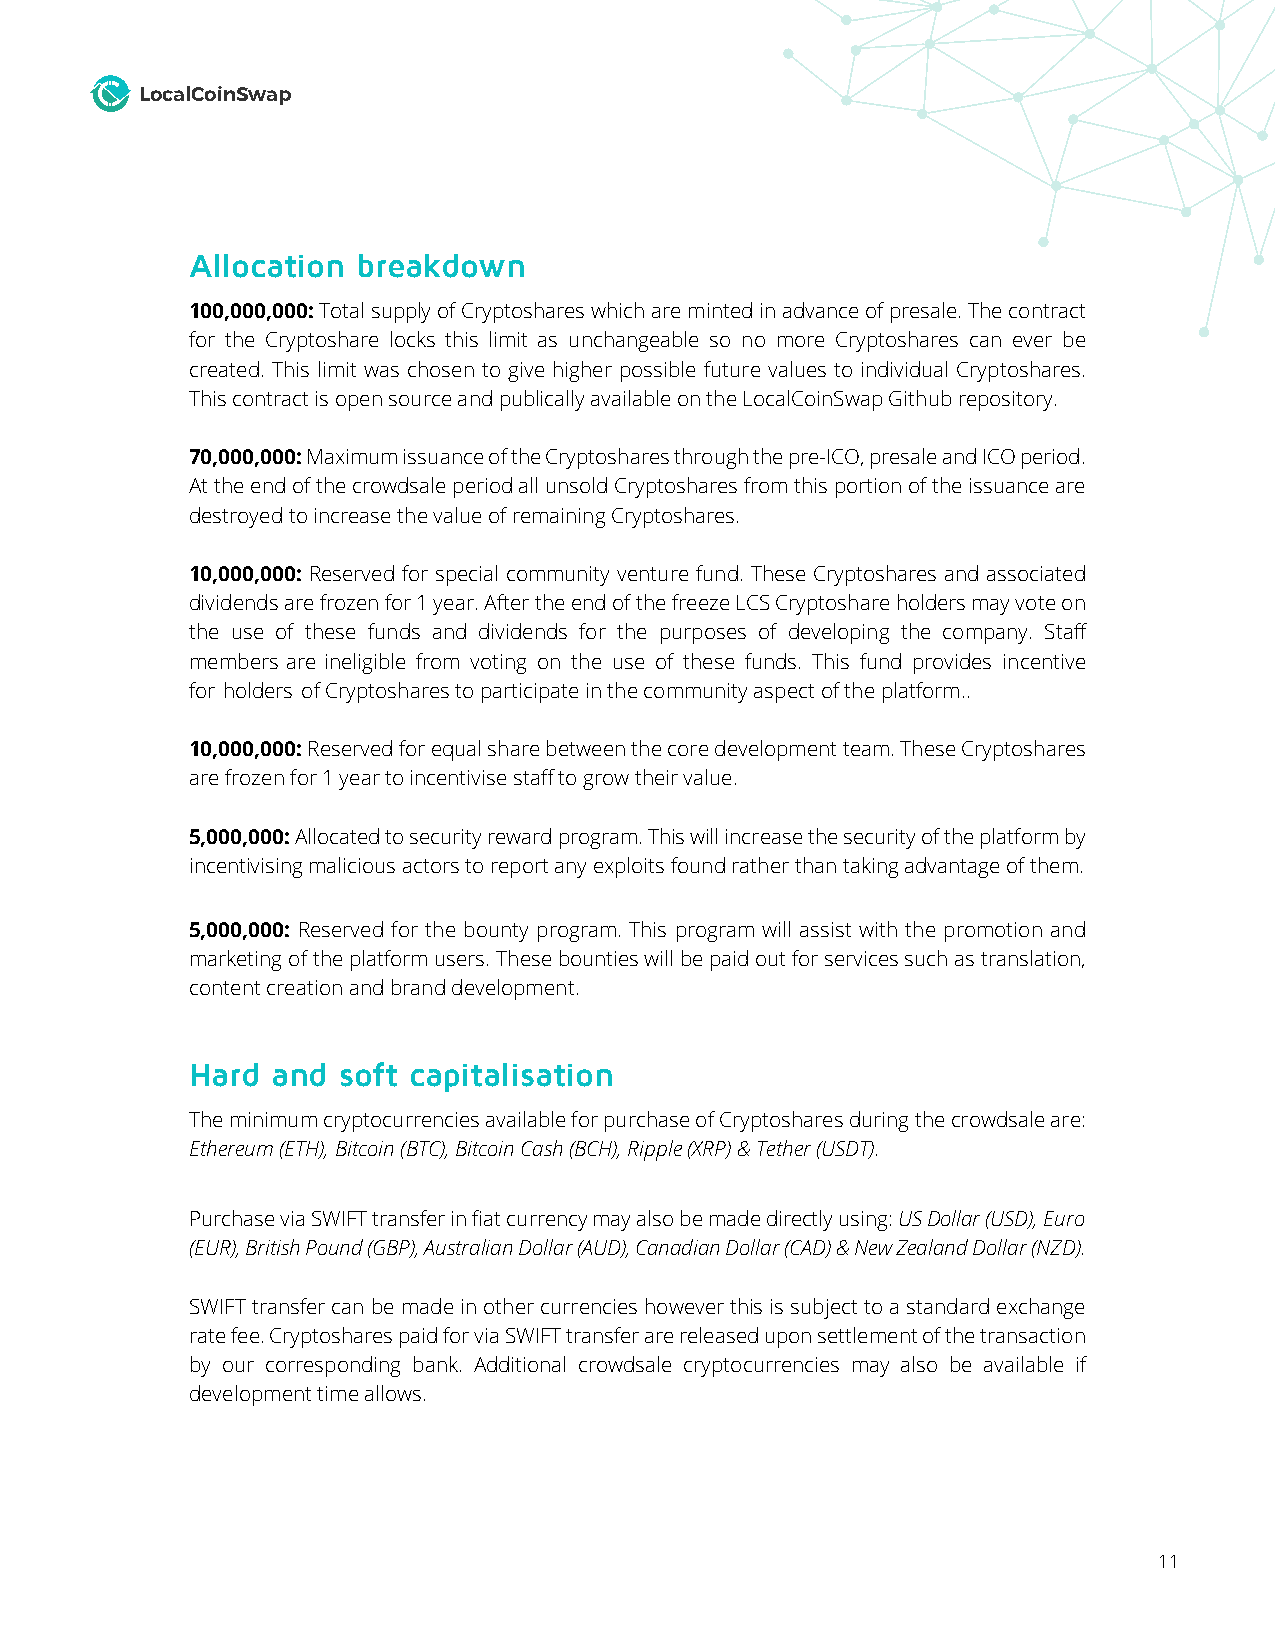
LocalCoinSwap
 Allocation breakdown
 100,000,000: Total supply of Cryptoshares which are minted in advance of presale. The contract
 for the Cryptoshare locks this limit as unchangeable so no more Cryptoshares can ever be
 created. This limit was chosen to give higher possible future values to individual Cryptoshares.
 This contract is open source and publically available on the LocalCoinSwap Github repository.
 70,000,000: Maximum issuance of the Cryptoshares through the pre-ICO, presale and ICO period.
 At the end of the crowdsale period all unsold Cryptoshares from this portion of the issuance are
 destroyed to increase the value of remaining Cryptoshares.
 10,000,000: Reserved for special community venture fund. These Cryptoshares and associated
 dividends are frozen for 1 year. After the end of the freeze LCS Cryptoshare holders may vote on
 the use of these funds and dividends for the purposes of developing the company. Staff
 members are ineligible from voting on the use of these funds. This fund provides incentive
 for holders of Cryptoshares to participate in the community aspect of the platform..
 10,000,000: Reserved for equal share between the core development team. These Cryptoshares
 are frozen for 1 year to incentivise staff to grow their value.
 5,000,000: Allocated to security reward program. This will increase the security of the platform by
 incentivising malicious actors to report any exploits found rather than taking advantage of them.
 5,000,000: Reserved for the bounty program. This program will assist with the promotion and
 marketing of the platform users. These bounties will be paid out for services such as translation,
 content creation and brand development.
 Hard and soft capitalisation
 The minimum cryptocurrencies available for purchase of Cryptoshares during the crowdsale are:
 Ethereum (ETH), Bitcoin (BTC), Bitcoin Cash (BCH), Ripple (XRP) & Tether (USDT).
 Purchase via SWIFT transfer in fiat currency may also be made directly using: US Dollar (USD), Euro
 (EUR), British Pound (GBP), Australian Dollar (AUD), Canadian Dollar (CAD) & New Zealand Dollar (NZD).
 SWIFT transfer can be made in other currencies however this is subject to a standard exchange
 rate fee. Cryptoshares paid for via SWIFT transfer are released upon settlement of the transaction
 by our corresponding bank. Additional crowdsale cryptocurrencies may also be available if
 development time allows.
 11